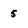
Character: 5